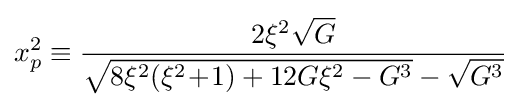
x_{p}^{2}\equiv {\frac {2\xi ^{2}{\sqrt {G}}}{{\sqrt {8\xi ^{2}(\xi ^{2}\!+\!1)+12G\xi ^{2}-G^{3}}}-{\sqrt {G^{3}}}}}